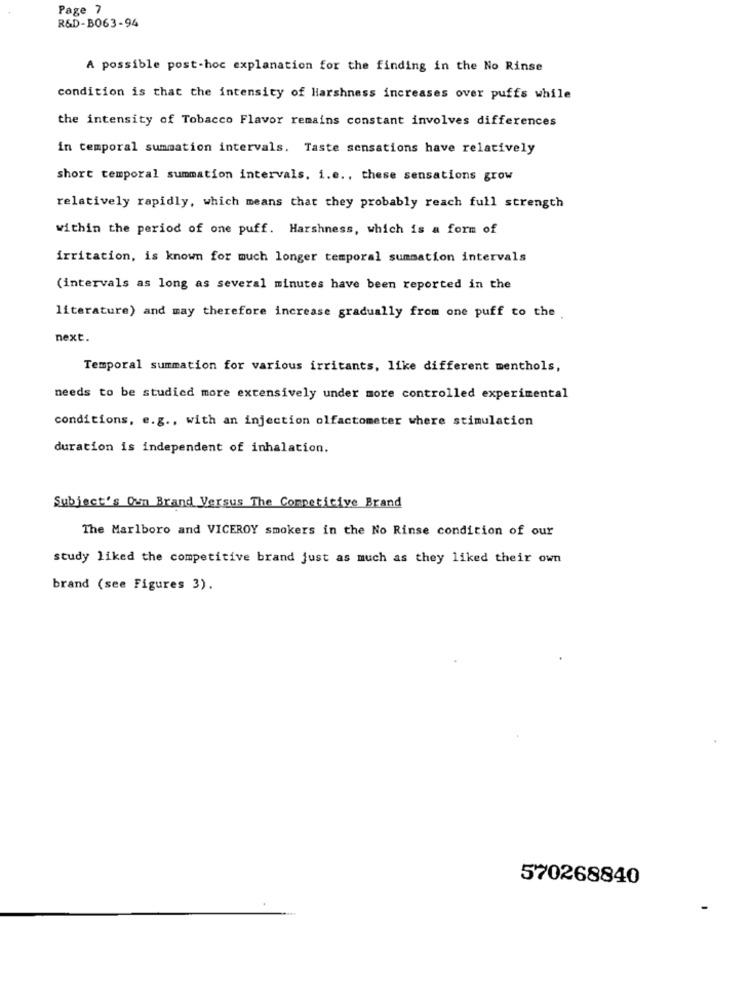
Page 7
R&D-B063-94
A possible post-hoc explanation for the finding in the No Rinse
condition is that the intensity of Harshness increases over puffs while
the intensity of Tobacco Flavor remains constant involves differences
in temporal summation intervals. Taste sensations have relatively
short temporal summation intervals. i.e ., these sensations grow
relatively rapidly, which means that they probably reach full strength
within the period of one puff. Harshness, which is a form of
irritation, is known for much longer temporal summation intervals
(intervals as long as several minutes have been reported in the
literature) and may therefore increase gradually from one puff to the .
next.
Temporal summation for various irritants, like different menthols,
needs to be studied more extensively under more controlled experimental
conditions, e.g ., with an injection olfactometer where stimulation
duration is independent of inhalation.
Subject's Own Brand Versus The Competitive Brand
The Marlboro and VICEROY smokers in the No Rinse condition of our
study liked the competitive brand just as much as they liked their own
brand (see Figures 3).
570268840